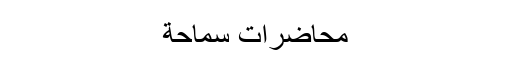
محاضرات سماحة